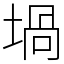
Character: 堝